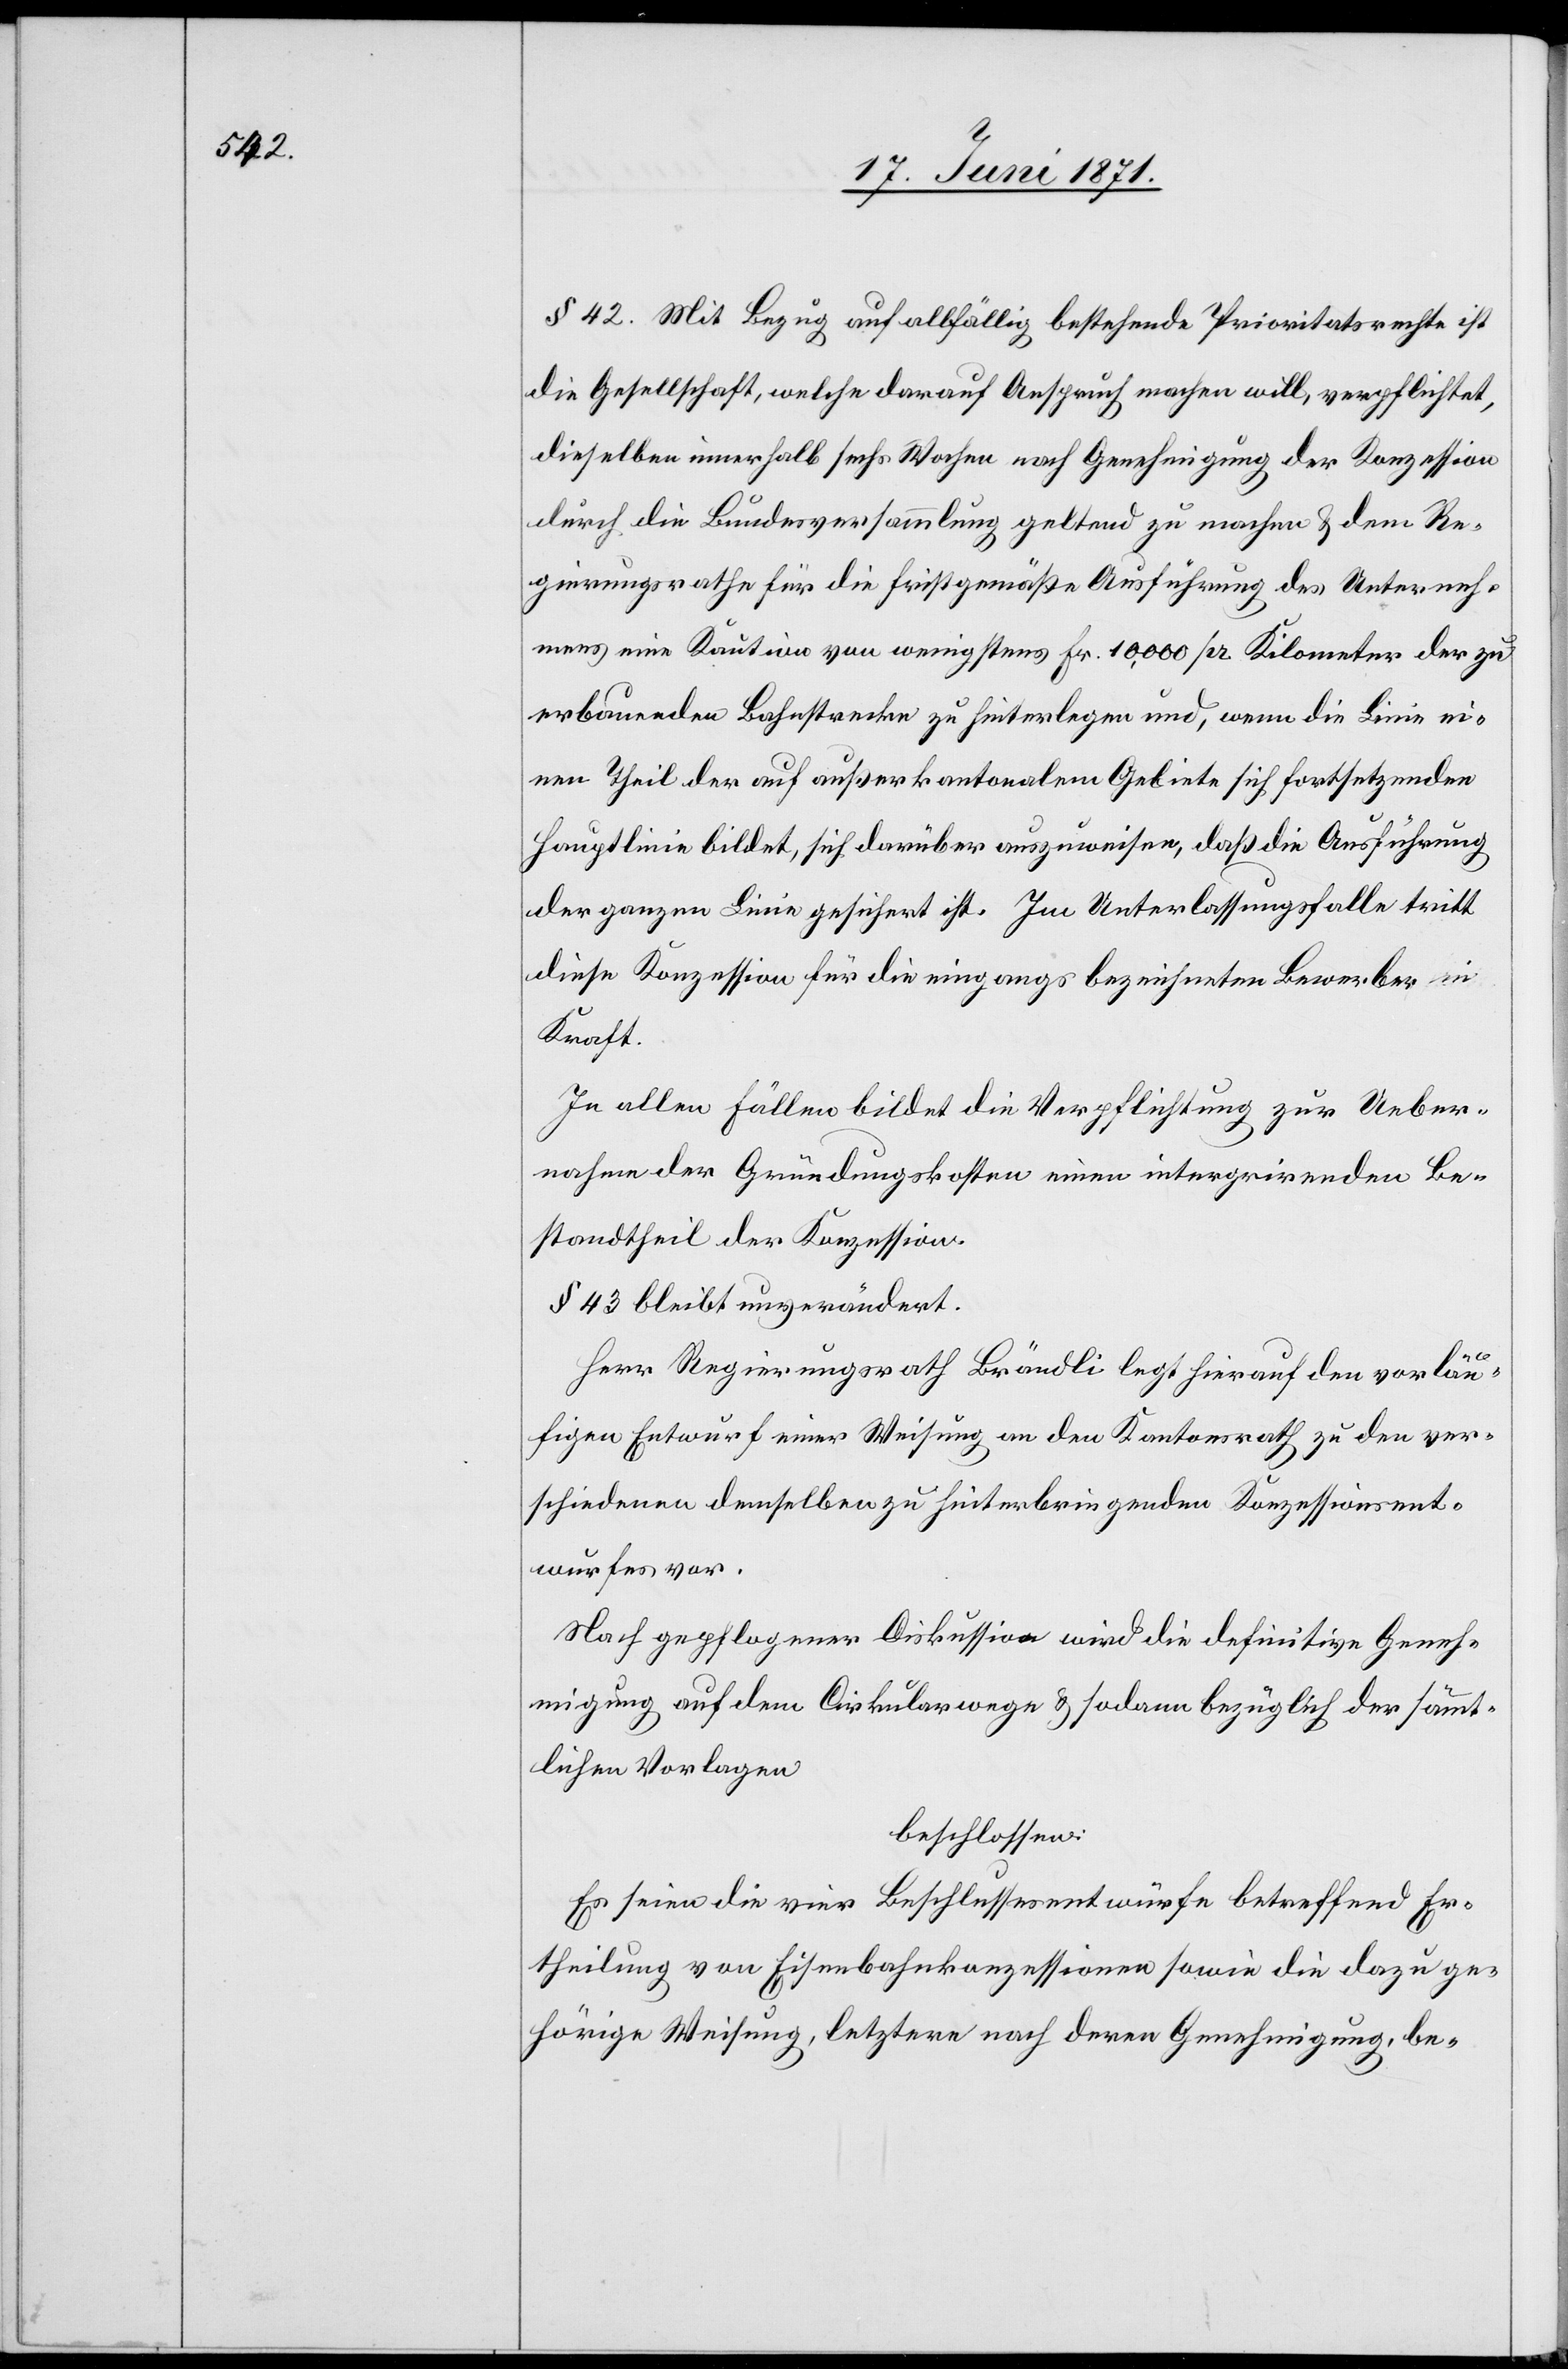
§ 42. Mit Bezug auf allfällig bestehende Prioritätsrechte ist
die Gesellschaft, welche darauf Anspruch machen will, verpflichtet,
dieselben innerhalb sechs Wochen nach Genehmigung der Konzession
durch die Bundesversammlung geltend zu machen u. dem Re¬
gierungsrathe für die fristgemäße Ausführung des Unterneh¬
mens eine Kaution von wenigstens Fr. 10,000 pr. Kilometer der zu
erbauenden Bahnstrecke zu hinterlegen und, wenn die Linie ei¬
nen Theil der auf außerkantonalem Gebiete sich fortsetzenden
fes
Hauptlinie bildet, sich darüber auszuweisen, daß die Ausführung
der ganzen Linie gesichert ist. Im Unterlassungsfalle tritt
diese Konzession für die eingangs bezeichneten Bewerber in
Kraft.
In allen Fällen bildet die Verpflichtung zur Ueber¬
nahme der Gründungskosten einen integrirenden Be¬
standtheil der Konzession.
§ 43 bleibt unverändert.
Herr Regierungsrath Brändli legt hierauf den vorläu¬
figen Entwurf einer Weisung an den Kantonsrath zu den ver¬
schiedenen demselben zu hinterbringenden Konzessionsent¬
Nach gepflogener Diskussion wird die definitive Geneh¬
migung auf dem Cirkularwege u. sodann bezüglich der sämmt¬
lichen Vorlagen
beschlossen:
Es seien die vier Beschlussesentwürfe betreffend Er¬
theilung von Eisenbahnkonzessionen sowie die dazu ge¬
hörige Weisung, letztere nach deren Genehmigung, be-